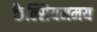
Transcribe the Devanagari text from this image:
कैल्सियममय